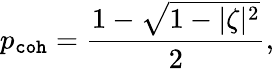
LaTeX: p_{\mathtt{coh}}=\frac{1-\sqrt{1-|\zeta|^{2}}}{2},